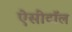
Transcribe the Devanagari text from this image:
ऐसीटॉल